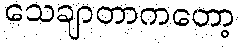
သေချာတာကတော့